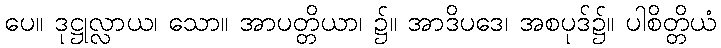
ပေ။ ဒုဋ္ဌုလ္လာယ၊ သော။ အာပတ္တိယာ၊ ၌။ အာဒိပဒေ၊ အစပုဒ်၌။ ပါစိတ္တိယံ